Punjab Mental Hospital Lahore 1922-31 - 1922-1931
Year: 1922
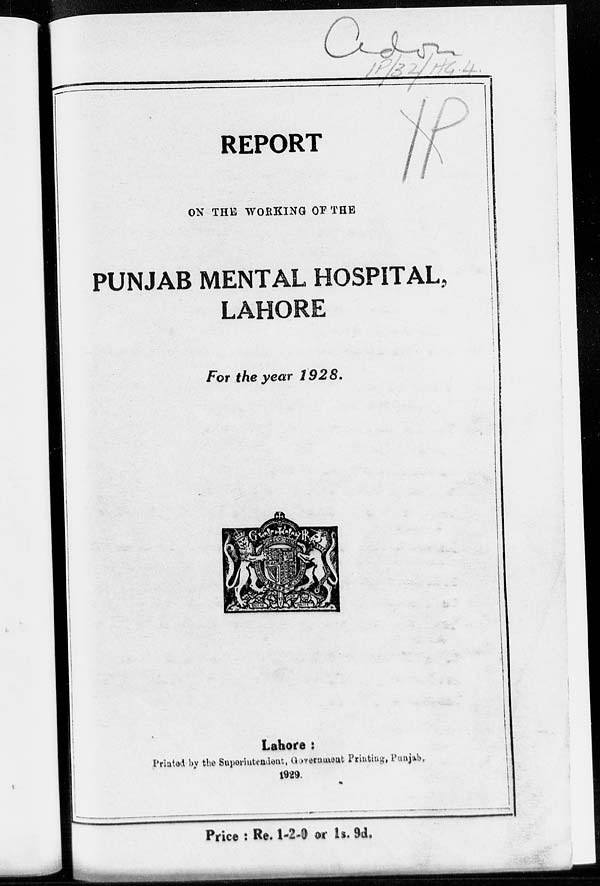
REPORT
ON THE WORKING OF THE
PUNJAB MENTAL HOSPITAL,
LAHORE
For the year 1928.
Lahore :
Printed by the Superintendent, Government Printing, Punjab,
1929.
Price : Re. 1-2-0 or 1s. 9d.